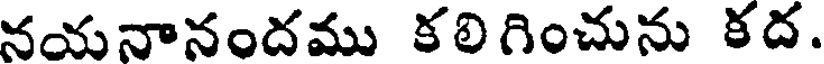
నయనానందము కలిగించును కద.